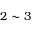
2 \sim 3